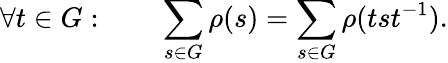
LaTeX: \forall t\in G:\qquad\sum_{s\in G}\rho(s)=\sum_{s\in G}\rho(tst^{-1}).